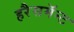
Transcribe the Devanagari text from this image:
हरैसमॅन्ट